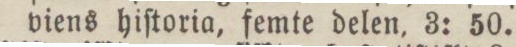
viens hiſtoria, femte delen, 3: 50.